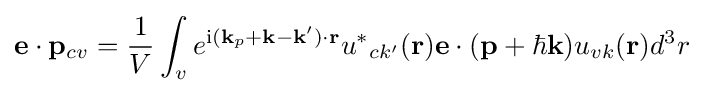
\mathbf {e} \cdot \mathbf {p} _{cv}={1 \over V}\int _{v}e^{\mathrm {i} (\mathbf {k} _{p}+\mathbf {k} -\mathbf {k} ')\cdot \mathbf {r} }{u^{*}}_{ck'}(\mathbf {r} )\mathbf {e} \cdot (\mathbf {p} +\hbar \mathbf {k} )u_{vk}(\mathbf {r} )d^{3}r